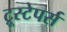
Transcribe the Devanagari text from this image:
ट्रूस्टेपर्स